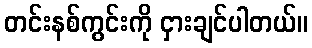
တင်းနစ်ကွင်းကို ငှားချင်ပါတယ်။